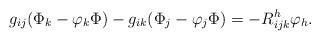
LaTeX: \begin{align*} g_{ij}(\Phi_k-\varphi_k\Phi)-g_{ik}(\Phi_j-\varphi_j\Phi)=-R^h_{ijk}\varphi_h. \end{align*}